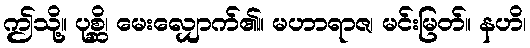
ဤသို့။ ပုစ္ဆိ၊ မေးလျှောက်၏။ မဟာရာဇ၊ မင်းမြတ်။ နဟိ၊